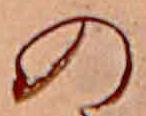
の